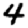
Digit: 4